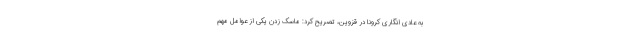
به عادی انگاری کرونا در قزوین، تصریح کرد: ماسک زدن یکی از عوامل مهم